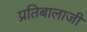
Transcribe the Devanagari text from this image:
प्रतिबालाजी